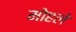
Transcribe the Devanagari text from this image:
माेहले